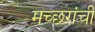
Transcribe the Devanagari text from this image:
मच्छरांची